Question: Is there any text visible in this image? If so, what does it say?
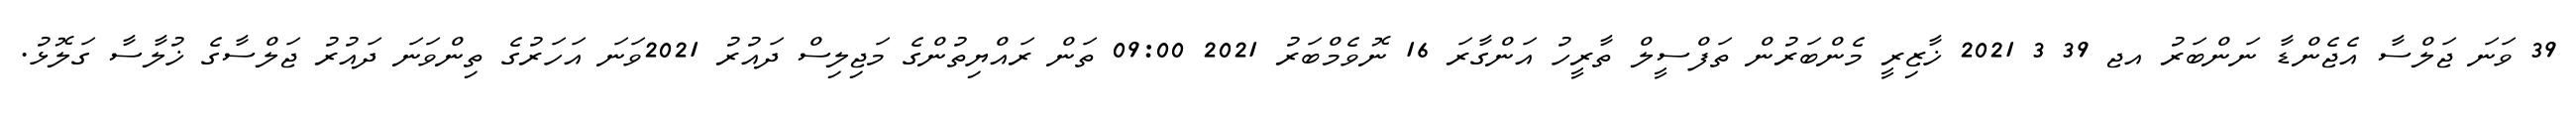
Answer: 39 ވަނަ ޖަލްސާ އެޖެންޑާ ނަންބަރު އޖ 39 3 2021 ޚާޒިރީ މެންބަރުން ތަފްސީލް ތާރީހު އަންގާރަ 16 ނޮވެމްބަރު 2021 09:00 ތަން ރައްޔިތުންގެ މަޖިލިސް ދައުރު 2021ވަނަ އަހަރުގެ ތިންވަނަ ދައުރު ޖަލްސާގެ ޚުލާސާ ގަލޮޅު.